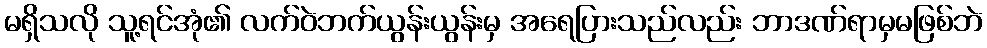
မရှိသလို သူ့ရင်အုံ၏ လက်ဝဲဘက်ယွန်းယွန်းမှ အရေပြားသည်လည်း ဘာဒဏ်ရာမှမဖြစ်ဘဲ